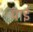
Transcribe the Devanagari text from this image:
प्राई